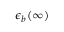
\epsilon _ { b } ( \infty )